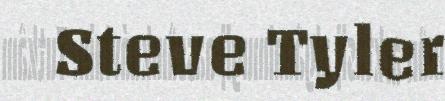
Steve Tyler